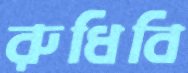
রুধিবি